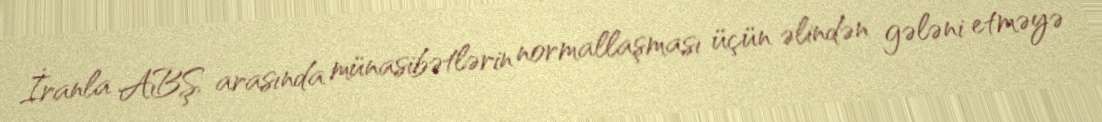
İranla ABŞ arasında münasibətlərin normallaşması üçün əlindən gələni etməyə